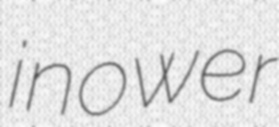
inower